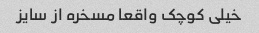
خیلی کوچک واقعا مسخره از سایز